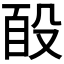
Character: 𭮮